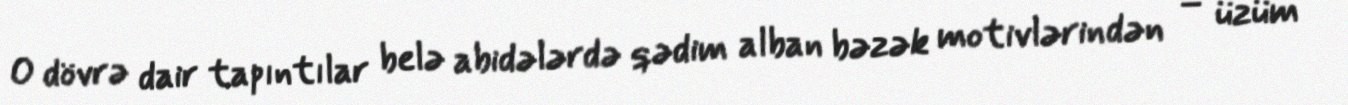
O dövrə dair tapıntılar belə abidələrdə qədim alban bəzək motivlərindən – üzüm